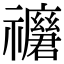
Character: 𥜢